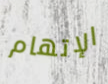
الإتهام